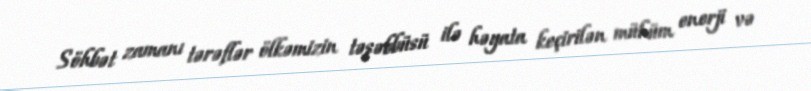
Söhbət zamanı tərəflər ölkəmizin təşəbbüsü ilə həyata keçirilən mühüm enerji və